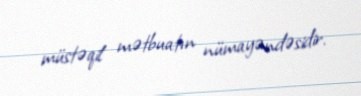
müstəqil mətbuatın nümayəndəsidir.